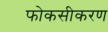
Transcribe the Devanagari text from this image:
फोकसीकरण